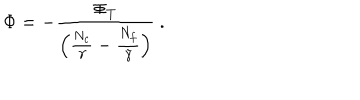
\Phi = - \frac { \Phi _ { T } } { \left( \frac { N _ { c } } { \gamma } - \frac { N _ { f } } { \tilde { \gamma } } \right) } \ .